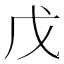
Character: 戊